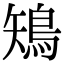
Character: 鴙